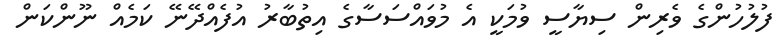
ފުލުހުންގެ ވެރިން ސިޔާސީ ވުމަކީ އެ މުވައްސަސާގެ އިތުބާރު އުފެއްދޭނޭ ކަމެއް ނޫންކަން